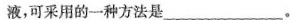
液，可采用的一种方法是___。